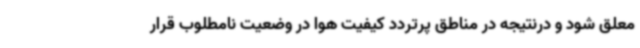
معلق شود و درنتیجه در مناطق پرتردد کیفیت هوا در وضعیت نامطلوب قرار